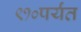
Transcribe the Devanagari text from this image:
९१०पर्यंत